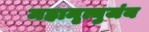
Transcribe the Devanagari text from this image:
महामृत्युजंय